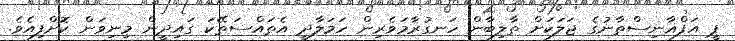
ޕީ އަފްޣާނިސްތާނުގެ ޖަލަކަށް ތާލިބާން ހަނގުރާމަވެރިން ހަމަލާދީ އެތައްސަތޭކަ ގައިދީން މިނިވަން ކޮށްފިއެވެ.